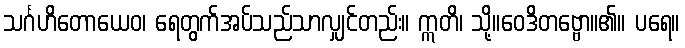
သင်္ဂဟိတောယေဝ၊ ရေတွက်အပ်သည်သာလျှင်တည်း။ ဣတိ၊ သို့။ဝေဒိတဗ္ဗော။၏။ ပရေ။